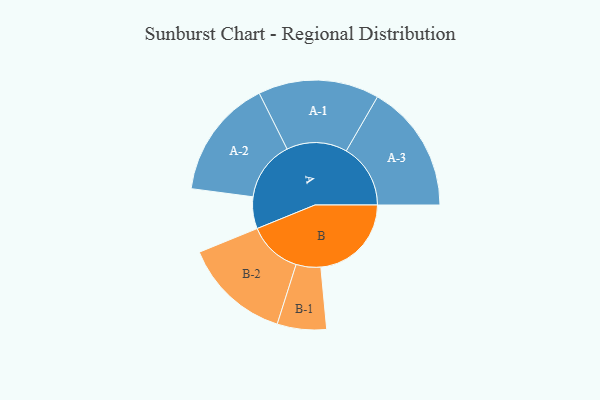
{"axis": {"x": "Segment", "y": "Value"}, "legend": ["", "A", "B"], "data": [{"x": "A", "y": 146, "type": ""}, {"x": "B", "y": 416, "type": ""}, {"x": "A-1", "y": 278, "type": "A"}, {"x": "A-2", "y": 275, "type": "A"}, {"x": "A-3", "y": 295, "type": "A"}, {"x": "B-1", "y": 113, "type": "B"}, {"x": "B-2", "y": 247, "type": "B"}]}